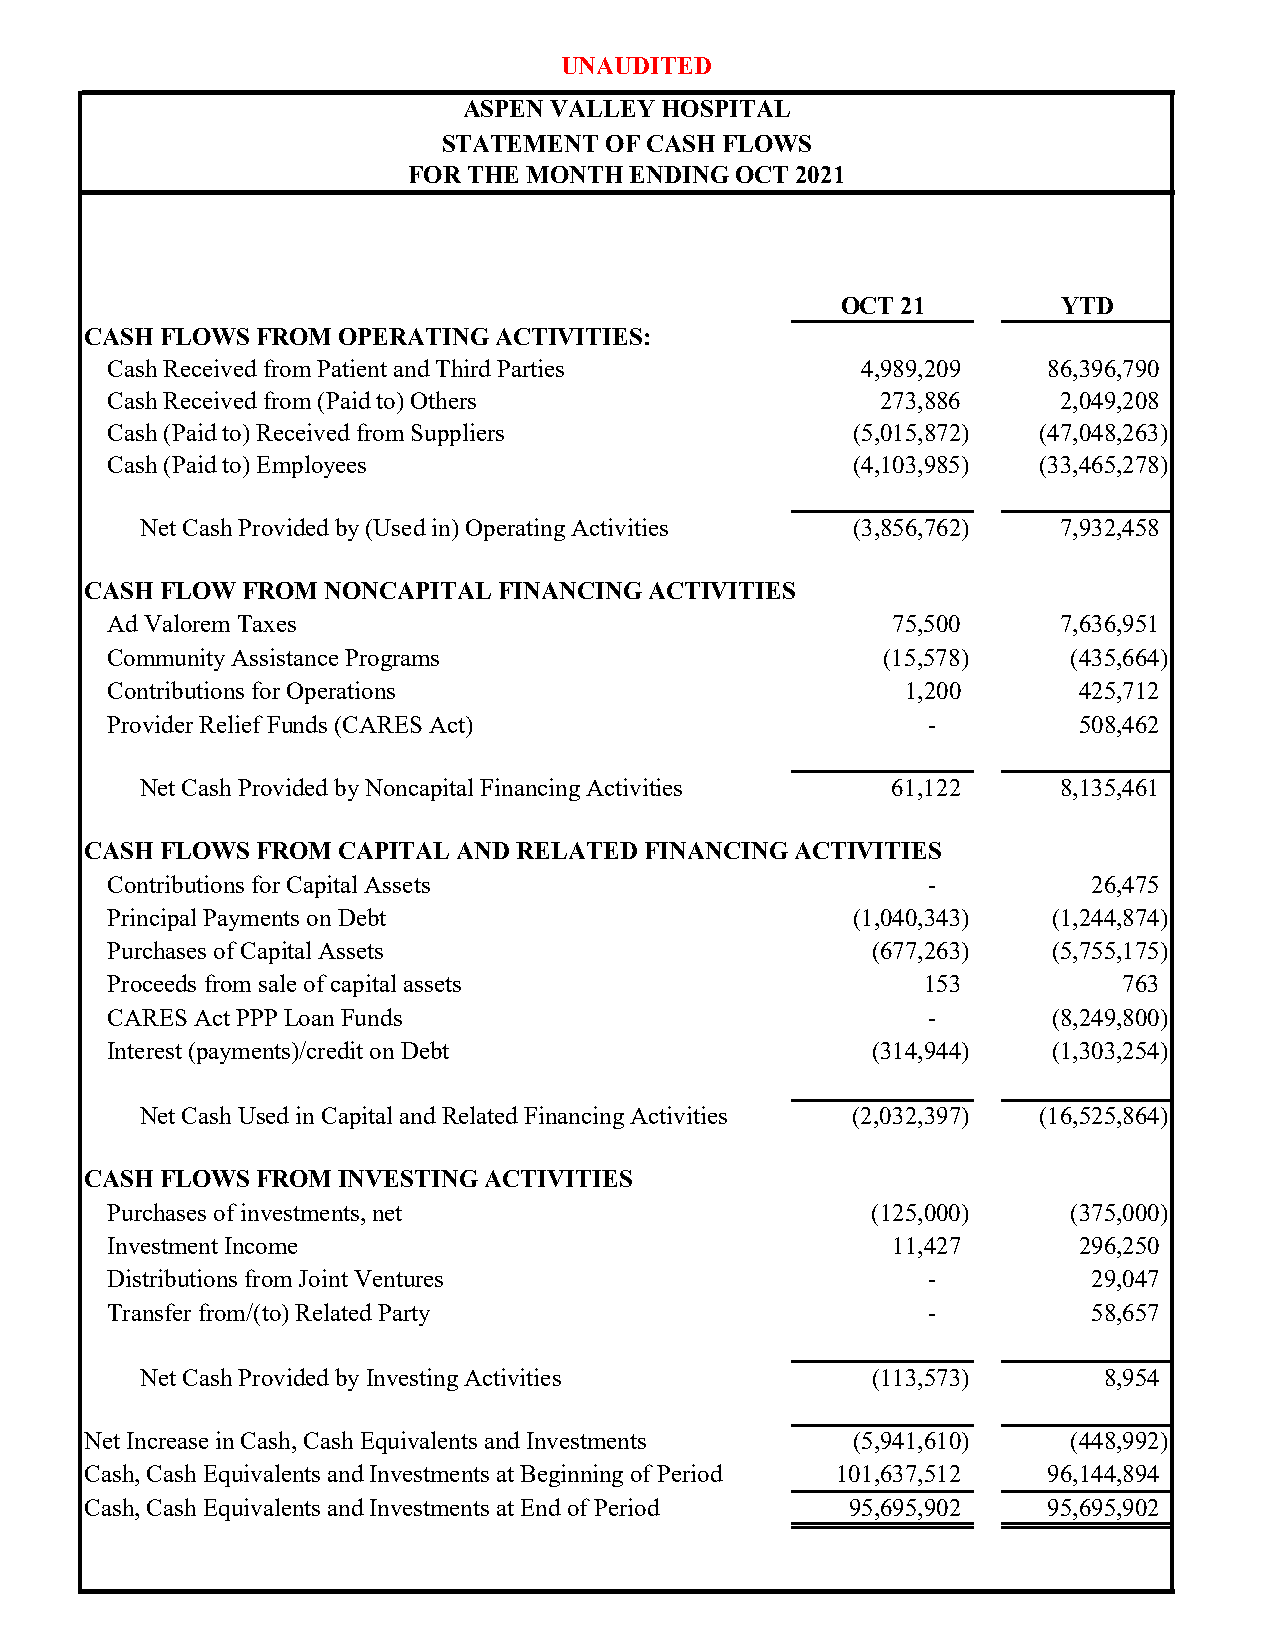
UNAUDITED
 ASPEN VALLEY HOSPITAL
 STATEMENT  OF CASH FLOWS
 FOR THE MONTH  ENDING OCT 2021
 OCT 21        YTD
 CASH FLOWS FROM OPERATING  ACTIVITIES:
 Cash Received from Patient and Third Parties      4,989,209   86,396,790
 Cash Received from (Paid to) Others                273,886     2,049,208
 Cash (Paid to) Received from Suppliers           (5,015,872)  (47,048,263)
 Cash (Paid to) Employees                         (4,103,985)  (33,465,278)
 Net Cash Provided by (Used in) Operating Activities (3,856,762) 7,932,458
 CASH FLOW FROM NONCAPITAL  FINANCING ACTIVITIES
 Ad Valorem Taxes                                    75,500     7,636,951
 Community Assistance Programs                       (15,578)    (435,664)
 Contributions for Operations                         1,200      425,712
 Provider Relief Funds (CARES Act)                     -         508,462
 Net Cash Provided by Noncapital Financing Activities 61,122  8,135,461
 CASH FLOWS FROM CAPITAL AND RELATED  FINANCING ACTIVITIES
 Contributions for Capital Assets                      -          26,475
 Principal Payments on Debt                       (1,040,343)   (1,244,874)
 Purchases of Capital Assets                        (677,263)   (5,755,175)
 Proceeds from sale of capital assets                  153          763
 CARES Act PPP Loan Funds                              -        (8,249,800)
 Interest (payments)/credit on Debt                 (314,944)   (1,303,254)
 Net Cash Used in Capital and Related Financing Activities (2,032,397) (16,525,864)
 CASH FLOWS FROM INVESTING ACTIVITIES
 Purchases of investments, net                      (125,000)    ( 375,000)
 Investment Income                                   11,427      296,250
 Distributions from Joint Ventures                     -          29,047
 Transfer from/(to) Related Party                      -          58,657
 Net Cash Provided by Investing Activities        (113,573)      8,954
 Net Increase in Cash, Cash Equivalents and Investments (5,941,610) ( 448,992)
 Cash, Cash Equivalents and Investments at Beginning of Period 101,637,512 96,144,894
 Cash, Cash Equivalents and Investments at End of Period 95,695,902 95,695,902